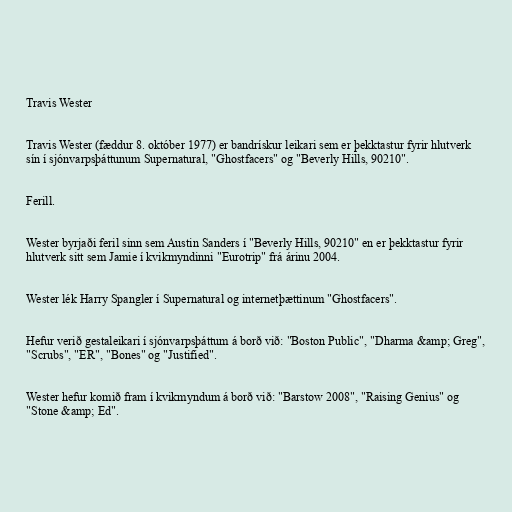
Travis Wester

Travis Wester (fæddur 8. október 1977) er bandrískur leikari sem er þekktastur fyrir hlutverk
sín í sjónvarpsþáttunum Supernatural, "Ghostfacers" og "Beverly Hills, 90210".

Ferill.

Wester byrjaði feril sinn sem Austin Sanders í "Beverly Hills, 90210" en er þekktastur fyrir
hlutverk sitt sem Jamie í kvikmyndinni "Eurotrip" frá árinu 2004.

Wester lék Harry Spangler í Supernatural og internetþættinum "Ghostfacers".

Hefur verið gestaleikari í sjónvarpsþáttum á borð við: "Boston Public", "Dharma &amp; Greg",
"Scrubs", "ER", "Bones" og "Justified".

Wester hefur komið fram í kvikmyndum á borð við: "Barstow 2008", "Raising Genius" og
"Stone &amp; Ed".